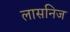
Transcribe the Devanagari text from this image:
लासनिज